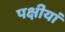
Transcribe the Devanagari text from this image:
पक्षीयां